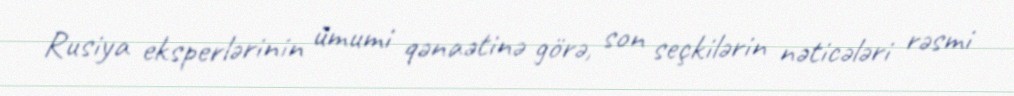
Rusiya eksperlərinin ümumi qənaətinə görə, son seçkilərin nəticələri rəsmi